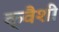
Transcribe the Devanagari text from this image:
क्वैशी